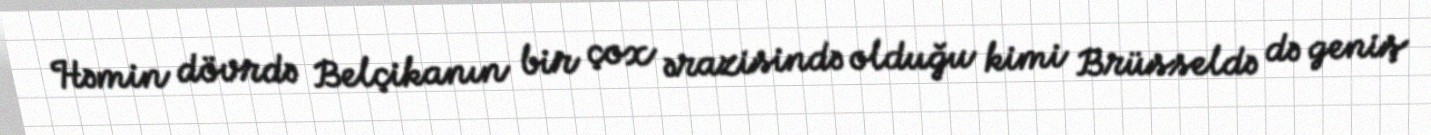
Həmin dövrdə Belçikanın bir çox ərazisində olduğu kimi Brüsseldə də geniş